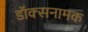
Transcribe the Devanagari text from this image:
डॉक्सनामक